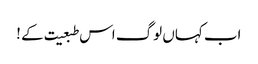
اب کہاں لوگ اس طبعیت کے !